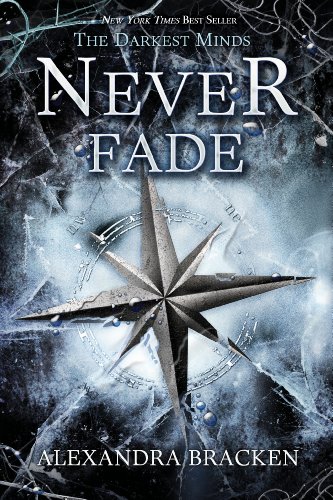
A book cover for Never Fade (A Darkest Minds Novel); Alexandra Bracken; Teen & Young Adult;